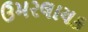
ઉમરલાયક